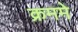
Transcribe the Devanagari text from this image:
क्रममे